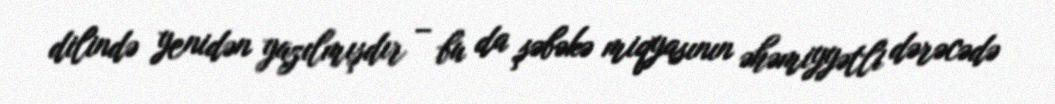
dilində yenidən yazılmışdır – bu da şəbəkə miqyasının əhəmiyyətli dərəcədə